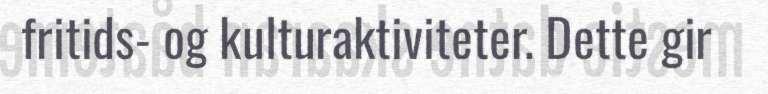
fritids- og kulturaktiviteter. Dette gir